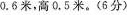
0.6米，高C.5米。(6分)